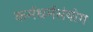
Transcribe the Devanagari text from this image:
कर्मधर्मसंयोग